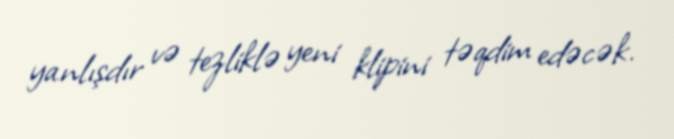
yanlışdır və tezliklə yeni klipini təqdim edəcək.